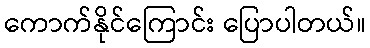
ကောက်နိုင်ကြောင်း ပြောပါတယ်။